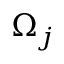
\Omega _ { j }